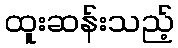
ထူးဆန်းသည့်